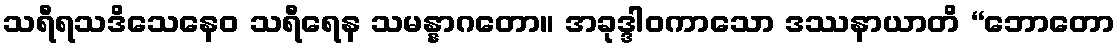
သရီရသဒိသေနေဝ သရီရေန သမန္နာဂတော။ အခုဒ္ဒါဝကာသော ဒဿနာယာတိ “ဘောတော